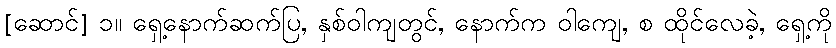
[ဆောင်] ၁။ ရှေ့နောက်ဆက်ပြ, နှစ်ဝါကျတွင်, နောက်က ဝါကျေ, စ ထိုင်လေခဲ့, ရှေ့ကို